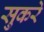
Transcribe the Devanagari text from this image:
सुकरे